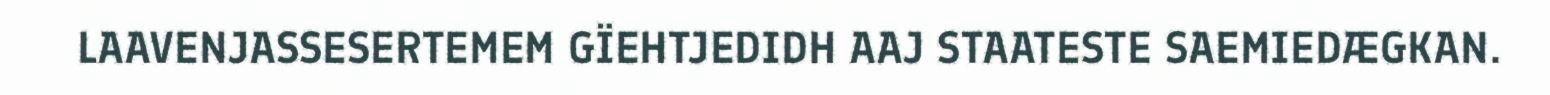
LAAVENJASSESERTEMEM GÏEHTJEDIDH AAJ STAATESTE SAEMIEDÆGKAN.